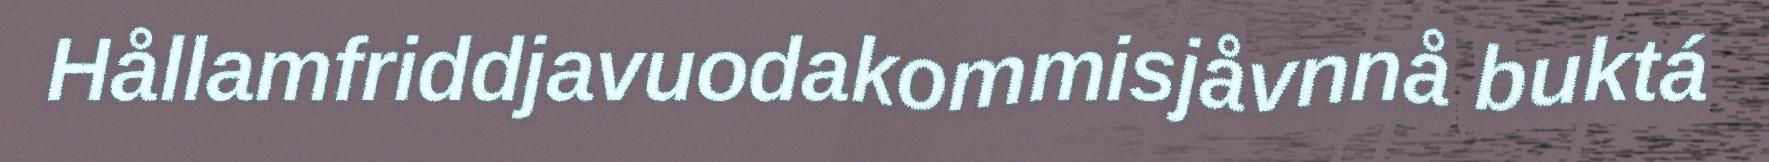
Hållamfriddjavuodakommisjåvnnå buktá